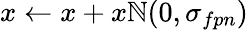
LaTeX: x\leftarrow x+x\mathbb{N}(0,\sigma_{fpn})